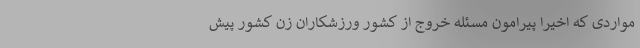
مواردی که اخیراً پیرامون مسئله خروج از کشور ورزشکاران زن کشور پیش